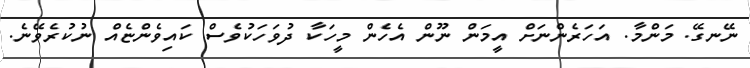
ނޭނގޭ. މަންމާ. އަހަރެންނަށް އީމަން ނޫން އެހެން މީހަކާ ދުވަހަކުވެސް ކައިވެންޏެއް ނުކުރެވޭނެ.